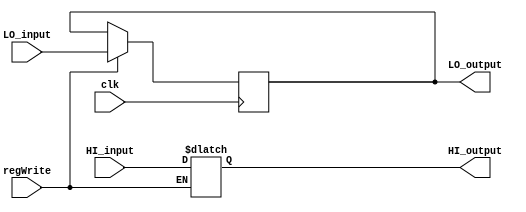
`timescale 1ns / 1ps
//////////////////////////////////////////////////////////////////////////////////
// Company: 
// Engineer: 
// 
// Design Name: 
// Module Name: HiLoRegs
// Project Name: 
// Target Devices: 
// Tool Versions: 
// Description: 
// 
// Dependencies: 
// 
// Revision:
// Revision 0.01 - File Created
// Additional Comments:
// 
//////////////////////////////////////////////////////////////////////////////////


module HiLoRegs( HI_input, LO_input, regWrite, clk, HI_output, LO_output

    );
    input [31:0] HI_input, LO_input; 
    input regWrite, clk;

    output [31:0] HI_output, LO_output;

    
    
    reg [31:0] HIReg, LOReg; 
    
    assign HI_output = HIReg;
    assign LO_output  = LOReg;
    
    initial begin
        HIReg = 0;
        LOReg = 0;
    end
    
    always @ (posedge clk) begin
    if (regWrite == 1) begin
        LOReg = LO_input;
        end
        end
    always @ (HI_input) begin
        if (regWrite == 1) begin
        HIReg = HI_input;
        end
    end
    
endmodule